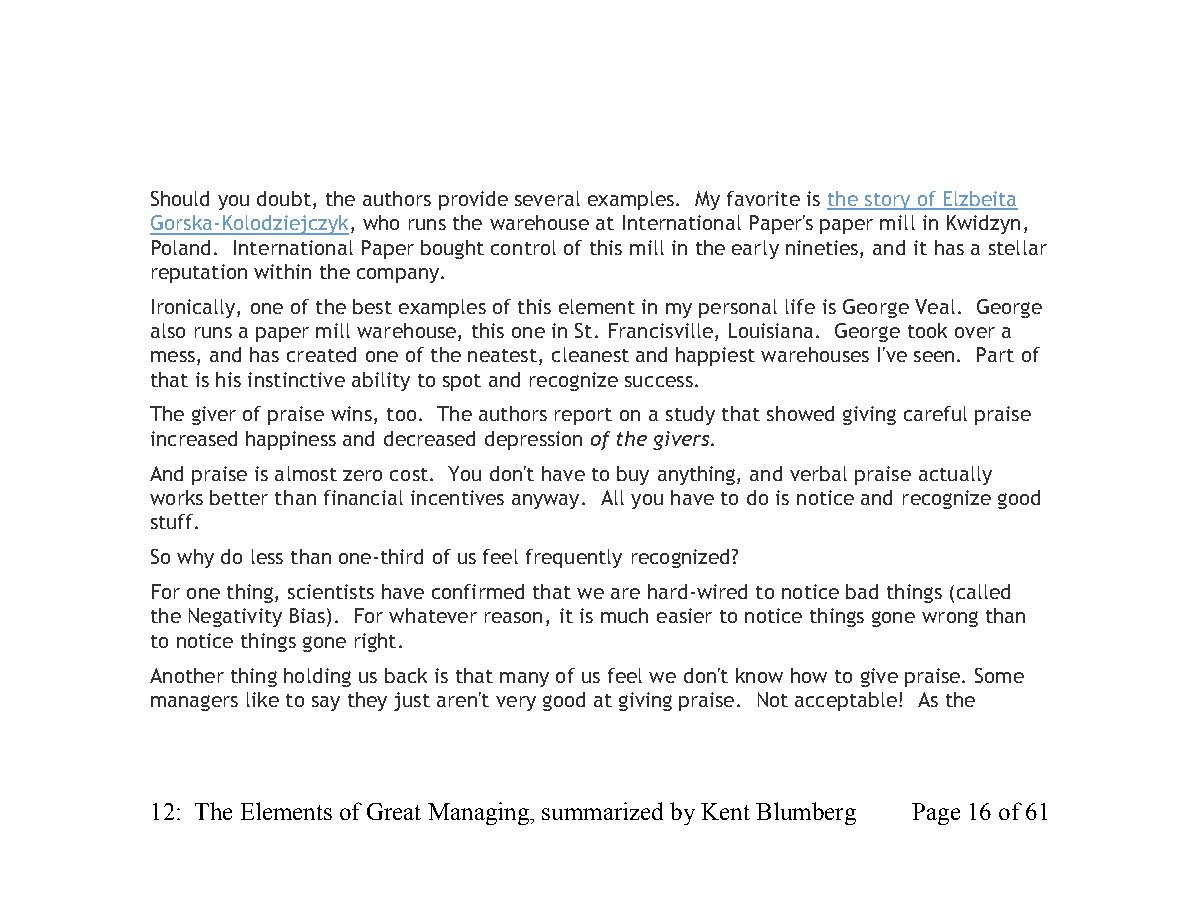
Should you doubt, the authors provide several examples. My favorite is the story of Elzbeita
 Gorska-Kolodziejczyk, who runs the warehouse at International Paper's paper mill in Kwidzyn,
 Poland. International Paper bought control of this mill in the early nineties, and it has a stellar
 reputation within the company.
 Ironically, one of the best examples of this element in my personal life is George Veal. George
 also runs a paper mill warehouse, this one in St. Francisville, Louisiana. George took over a
 mess, and has created one of the neatest, cleanest and happiest warehouses I've seen. Part of
 that is his instinctive ability to spot and recognize success.
 The giver of praise wins, too. The authors report on a study that showed giving careful praise
 increased happiness and decreased depression of the givers.
 And praise is almost zero cost. You don't have to buy anything, and verbal praise actually
 works better than financial incentives anyway. All you have to do is notice and recognize good
 stuff.
 So why do less than one-third of us feel frequently recognized?
 For one thing, scientists have confirmed that we are hard-wired to notice bad things (called
 the Negativity Bias). For whatever reason, it is much easier to notice things gone wrong than
 to notice things gone right.
 Another thing holding us back is that many of us feel we don't know how to give praise. Some
 managers like to say they just aren't very good at giving praise. Not acceptable! As the
 12: The Elements of Great Managing, summarized by Kent Blumberg Page 16 of 61